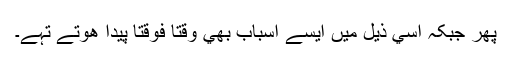
پھر جبکہ اسي ذيل ميں ايسے اسباب بھي وقتاً فوقتاً پيدا ھوتے تہے۔